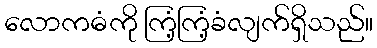
လောကဓံကို ကြံ့ကြံ့ခံလျက်ရှိသည်။